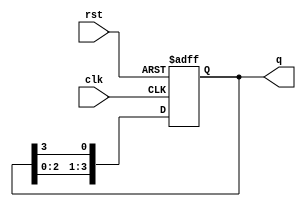
module ring_counter #(
    parameter N = 4  // Number of stages (flip-flops)
)(
    input wire clk,     // Clock signal
    input wire rst,     // Asynchronous reset signal
    output reg [N-1:0] q // Counter output
);

// Initialize the ring counter
always @(posedge clk or posedge rst) begin
    if (rst) begin
        q <= 1'b1;  // Set the first flip-flop to '1' and others to '0'
    end else begin
        q <= {q[N-2:0], q[N-1]};  // Shift the '1' to the next position
    end
end

endmodule